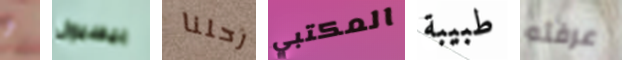
و بيسبول رحلنا المكتبي طبيبة عرفته